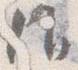
候